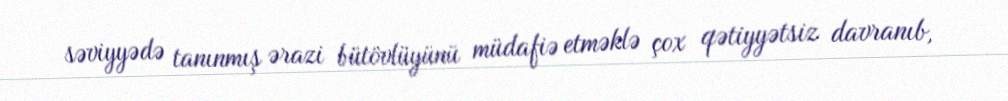
səviyyədə tanınmış ərazi bütövlüyünü müdafiə etməklə çox qətiyyətsiz davranıb,